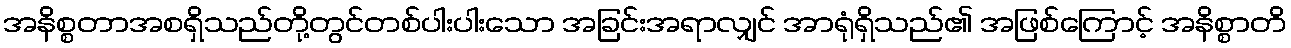
အနိစ္စတာအစရှိသည်တို့တွင်တစ်ပါးပါးသော အခြင်းအရာလျှင် အာရုံရှိသည်၏ အဖြစ်ကြောင့် အနိစ္စာတိ